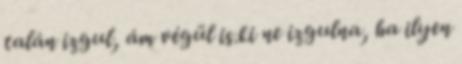
talán izgul, ám végül is.ki ne izgulna, ha ilyen